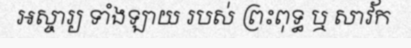
អស្ចារ្យ ទាំងឡាយ របស់ ព្រះពុទ្ធ ឬ សាវ័ក